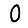
Digit: 0